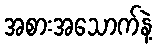
အစားအသောက်နဲ့